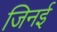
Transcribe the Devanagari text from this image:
जिनई